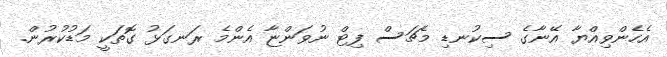
އެހެންވިއްޔާ އޭނާގެ ސިކުނޑި މެޗަސް ފިޓް ނުވަންޏާ އެންމެ ރަނގަޅު ގޮތަކީ މަޑުކުރުން.